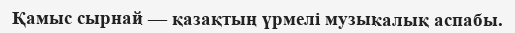
Қамыс cырнай — қазақтың үрмелі музыкалық аспабы.